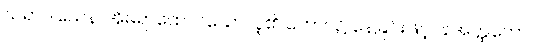
ဃရာဝါသေန၊ အိမ်ရာထောင်သောလူ၏ ဘောင်၌ နေခြင်းဖြင့်။ နအတ္ထိကော၊